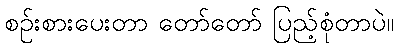
စဉ်းစားပေးတာ တော်တော် ပြည့်စုံတာပဲ။